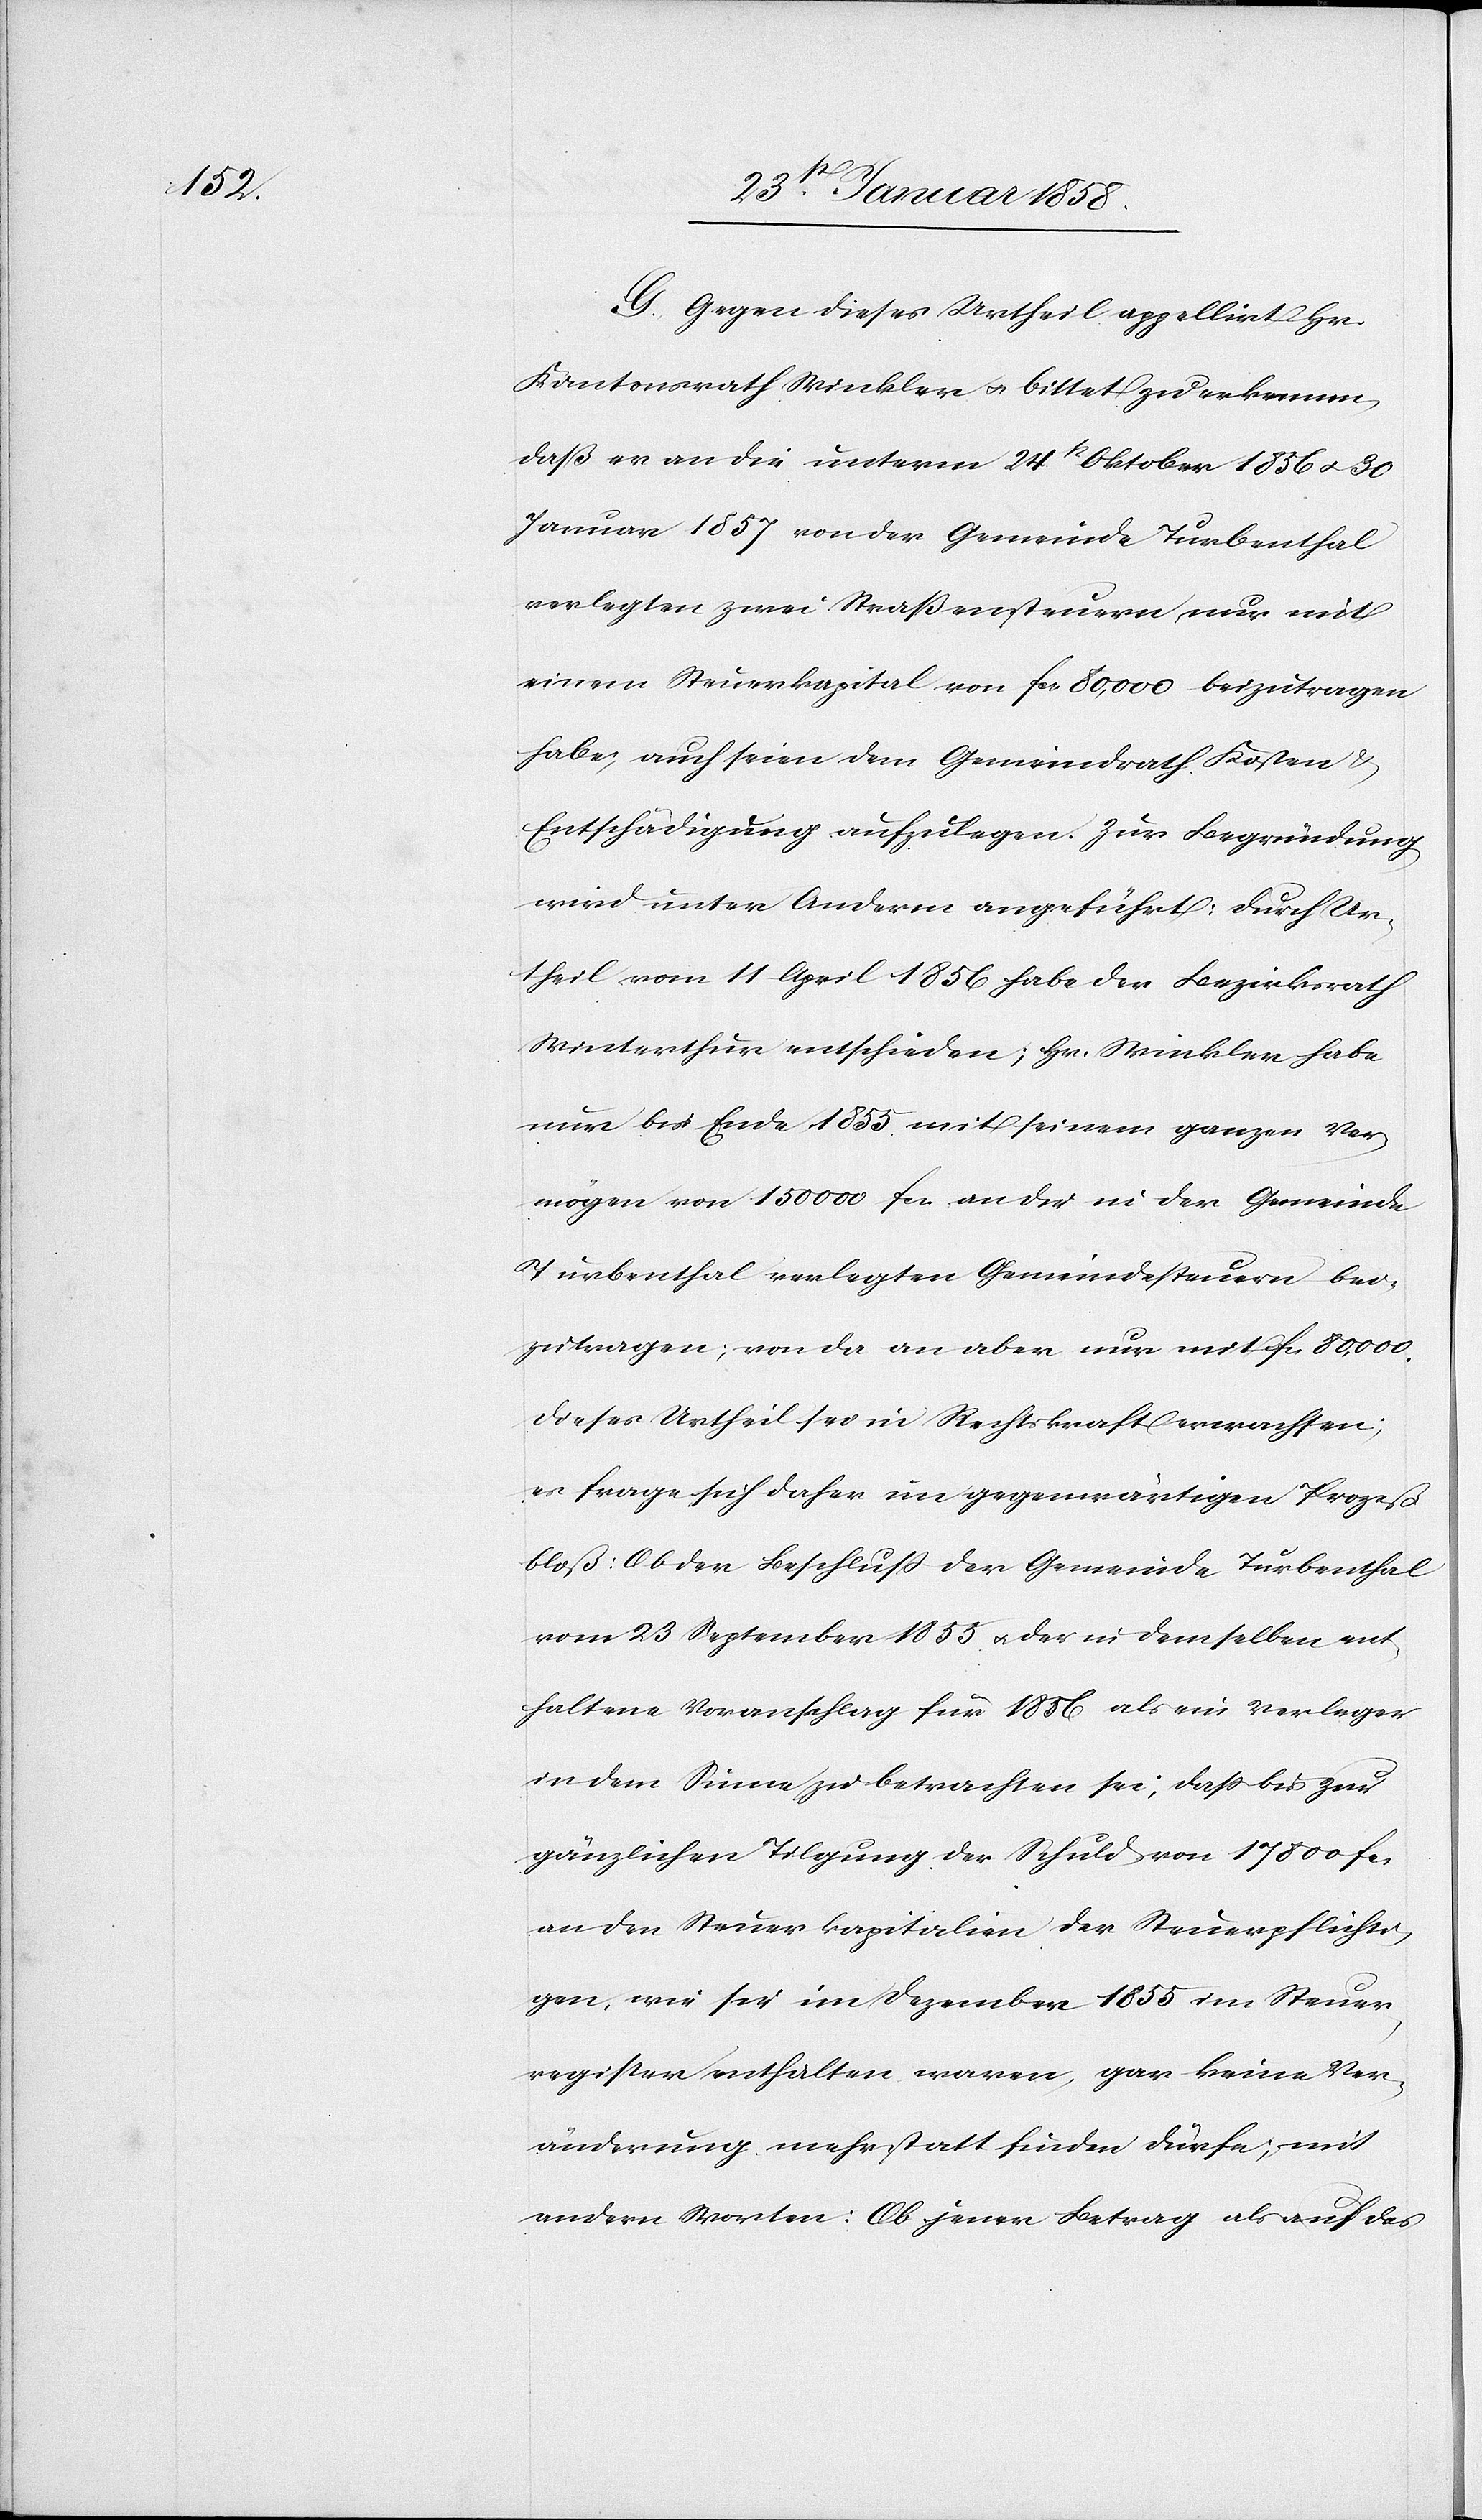
G. Gegen dieses Urtheil appellirt Hr.
Kantonsrath Winkler u. bittet zu erkennen,
daß er an die unterm 24t Oktober 1856 u. 30
Januar 1857 von der Gemeinde Turbenthal
verlegten zwei Straßensteuern, nur mit
einem Steuerkapital von fcs. 80,000 beizutragen
habe, auch seien dem Gemeindrath Kosten &
Entschädigung aufzulegen. Zur Begründung
wird unter Anderm angeführt: Durch Ur¬
theil vom 11 April 1856 habe der Bezirksrath
Winterthur entschieden; Hr. Winkler habe
nur bis Ende 1855 mit seinem ganzen Ver¬
mögen von 150 000 fcs. an die in der Gemeinde
Turbenthal verlegten Gemeindesteuern bei¬
zutragen; von da an aber nur mit fcs. 80,000.
Dieses Urtheil sei in Rechtskraft erwachsen;
es frage sich daher im gegenwärtigen Prozeß
bloß: Ob der Beschluß der Gemeinde Turbenthal
vom 23 September 1855 u. der in demselben ent¬
haltene Voranschlag für 1856 als ein Verleger
in dem Sinne zu betrachten sei, daß bis zur
gänzlichen Tilgung der Schuld von 17 800 fcs
an den Steuerkapitalien der Steuerpflichti¬
gen, wie sie im Dezember 1855 im Steuer¬
register enthalten waren, gar keine Ver¬
änderung mehr statt finden dürfe; mit
andern Worten: Ob jener Betrag als auf das